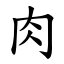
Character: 肉